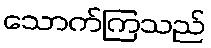
သောက်ကြသည်